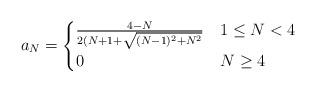
LaTeX: \begin{align*}a_N = \begin{cases} \frac{4-N}{2(N+1+\sqrt{(N-1)^2+N^2}} &1 \leq N < 4\\0 &N \geq 4\end{cases}\end{align*}